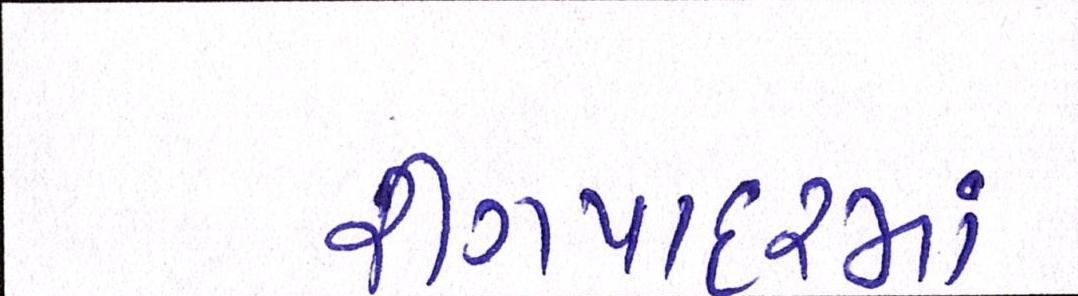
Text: રીંગપાદરમાં